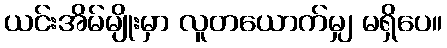
ယင်းအိမ်မျိုးမှာ လူတယောက်မျှ မရှိပေ။